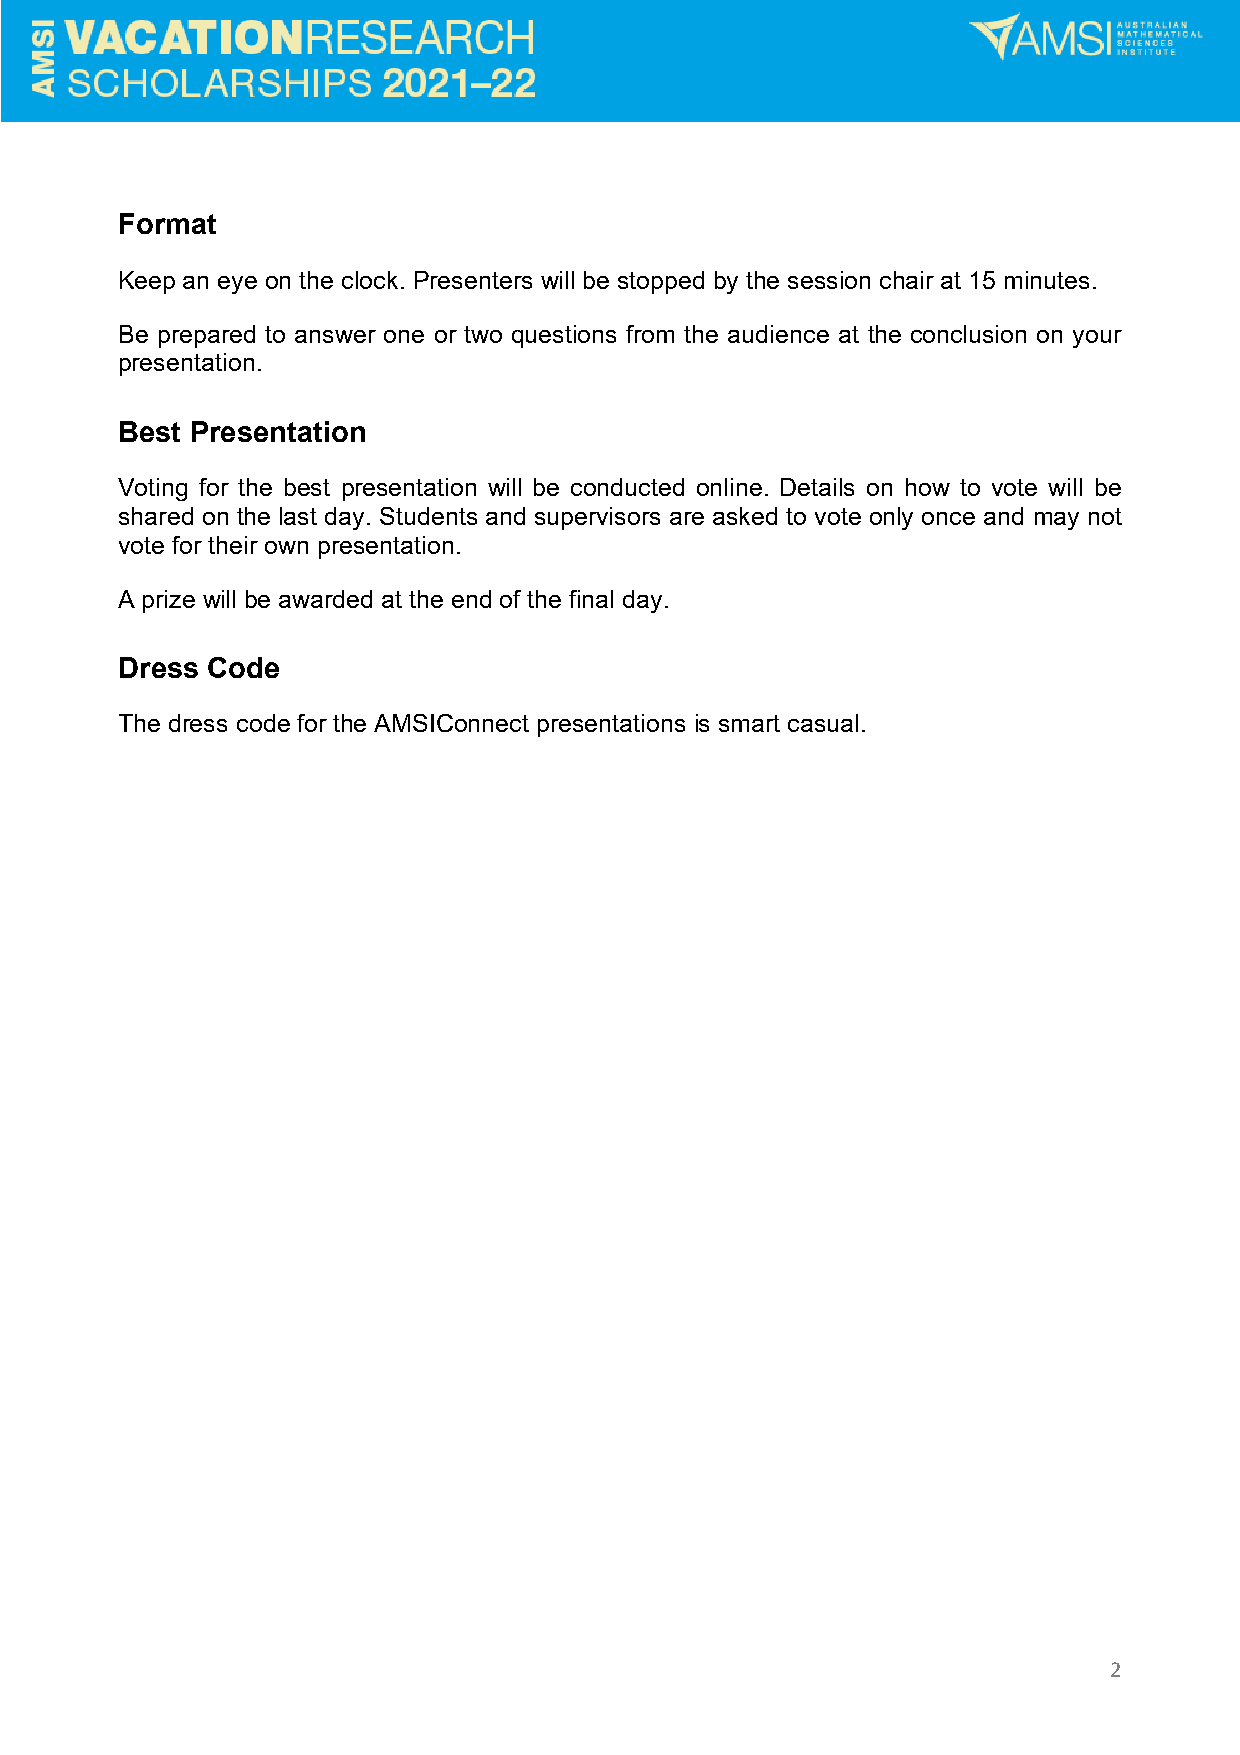
Format
 Keep an eye on the clock. Presenters will be stopped by the session chair at 15 minutes.
 Be prepared to answer one or two questions from the audience at the conclusion on your
 presentation.
 Best Presentation
 Voting for the best presentation will be conducted online. Details on how to vote will be
 shared on the last day. Students and supervisors are asked to vote only once and may not
 vote for their own presentation.
 A prize will be awarded at the end of the final day.
 Dress Code
 The dress code for the AMSIConnect presentations is smart casual.
 2